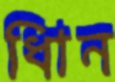
ধিান